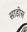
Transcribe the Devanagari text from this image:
साडीस